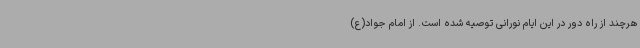
هرچند از راه دور در این ایام نورانی توصیه شده است. از امام جواد(ع)